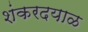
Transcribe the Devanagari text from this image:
शंकरदयाळ